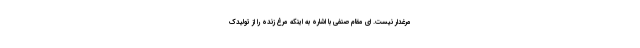
مرغدار نیست. ای مقام صنفی با اشاره به اینکه مرغ زنده را از تولیدک